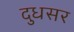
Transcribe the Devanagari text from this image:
दुधसर